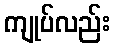
ကျုပ်လည်း